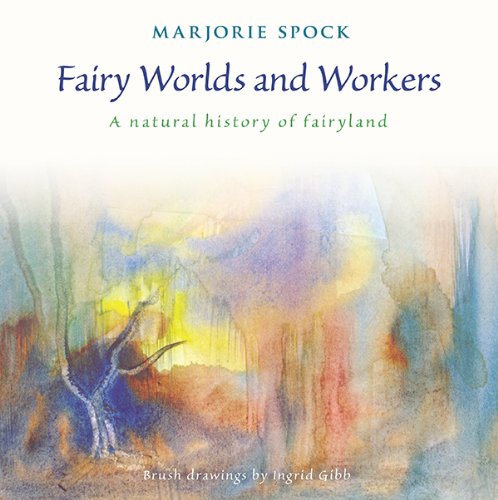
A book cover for Fairy Worlds and Workers: A Natural History of Fairyland; Marjorie Spock; Religion & Spirituality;